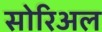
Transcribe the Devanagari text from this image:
सोरिअल